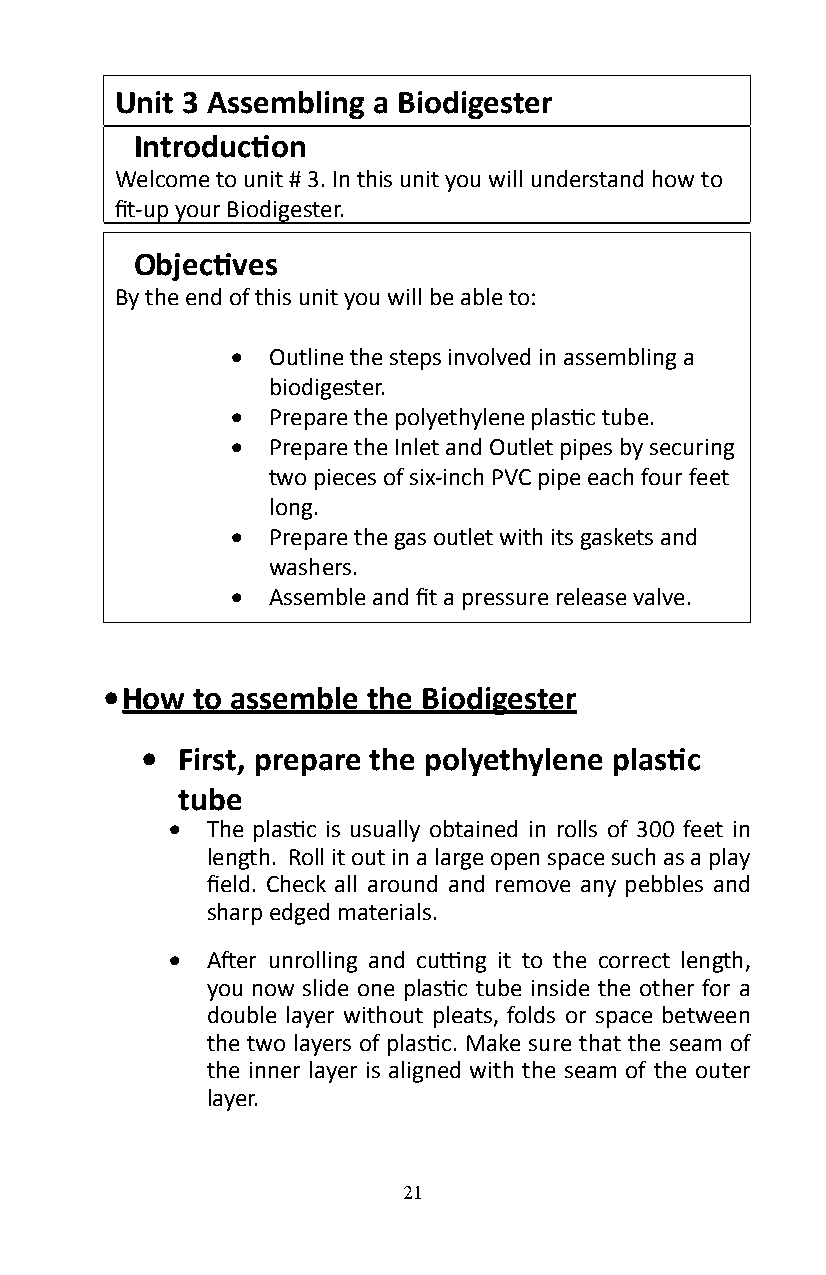
Unit 3 Assembling a Biodigester
 Introduction
 Welcome to unit # 3� In this unit you will understand how to
 fit-up your Biodigester.
 Objectives
 By the end of this unit you will be able to:
 •  Outline the steps involved in assembling a
 biodigester�
 •  Prepare the polyethylene plastic tube.
 •  Prepare the Inlet and Outlet pipes by securing
 two pieces of six-inch PVC pipe each four feet
 long�
 •  Prepare the gas outlet with its gaskets and
 washers�
 •  Assemble and fit a pressure release valve.
 • How to assemble the Biodigester
 •  First, prepare the polyethylene plastic
 tube
 •  The plastic is usually obtained in rolls of 300 feet in
 length� Roll it out in a large open space such as a play
 field. Check all around and remove any pebbles and
 sharp edged materials�
 •  After unrolling and cutting it to the correct length,
 you now slide one plastic tube inside the other for a
 double layer without pleats, folds or space between
 the two layers of plastic. Make sure that the seam of
 the inner layer is aligned with the seam of the outer
 layer�
 21